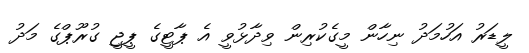
ލީޑަރު އަހުމަދު ނިހާން މީގެކުރިން ވިދާޅުވީ އެ ޕާޓީގެ ޕީޖީ ގުރޫޕްގެ މަދު